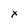
Character: x